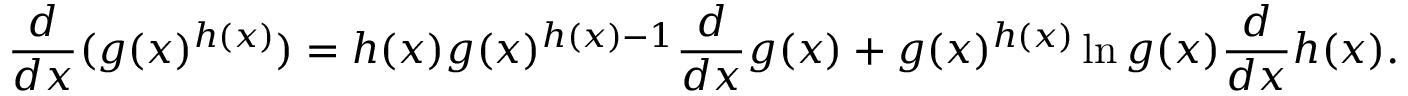
{ \frac { d } { d x } } ( g ( x ) ^ { h ( x ) } ) = h ( x ) g ( x ) ^ { h ( x ) - 1 } { \frac { d } { d x } } g ( x ) + g ( x ) ^ { h ( x ) } \ln g ( x ) { \frac { d } { d x } } h ( x ) .